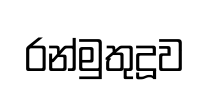
රන්මුතුදූව